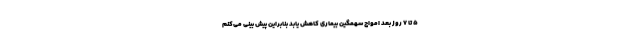
۵ تا ۷ روز بعد امواج سهمگین بیماری کاهش یابد بنابراین پیش بینی می‌کنم